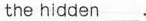
the hidden___.